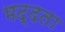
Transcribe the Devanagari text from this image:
भद्दता